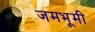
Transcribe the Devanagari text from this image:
जमभूमी